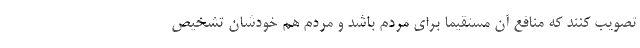
تصویب کنند که منافع آن مستقیما برای مردم باشد و مردم هم خودشان تشخیص